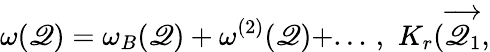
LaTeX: \omega(\mathscr{Q})=\omega_{B}(\mathscr{Q})+\omega^{(2)}(\mathscr{Q})+...\, ,\, \, K_{r}(\overrightarrow{{\mathscr{Q}_{1}}},